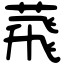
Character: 𦴧